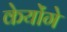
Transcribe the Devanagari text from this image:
केयोंगे